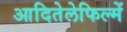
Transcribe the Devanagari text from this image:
आदितेलेफिल्में